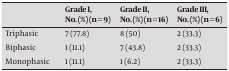
<table><thead><tr><td></td><td><b>Grade I, No. (%) (n = 9)</b></td><td><b>Grade II, No. (%) (n = 16)</b></td><td><b>Grade III, No. (%) (n = 6)</b></td></tr></thead><tbody><tr><td>Triphasic</td><td>7 (77.8)</td><td>8 (50)</td><td>2 (33.3)</td></tr><tr><td>Biphasic</td><td>1 (11.1)</td><td>7 (43.8)</td><td>2 (33.3)</td></tr><tr><td>Monophasic</td><td>1 (11.1)</td><td>1 (6.2)</td><td>2 (33.3)</td></tr></tbody></table>